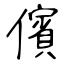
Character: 儐